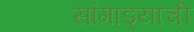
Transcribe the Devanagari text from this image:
सांगाड्याची